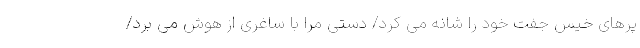
پرهای خیس جفت خود را شانه می کرد/ دستی مرا با ساغری از هوش می برد/